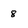
Character: 8